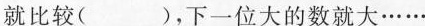
就比较( )，下一位大的数就大······